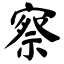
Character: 察